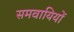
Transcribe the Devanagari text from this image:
समवायियों